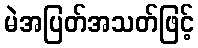
မဲအပြတ်အသတ်ဖြင့်